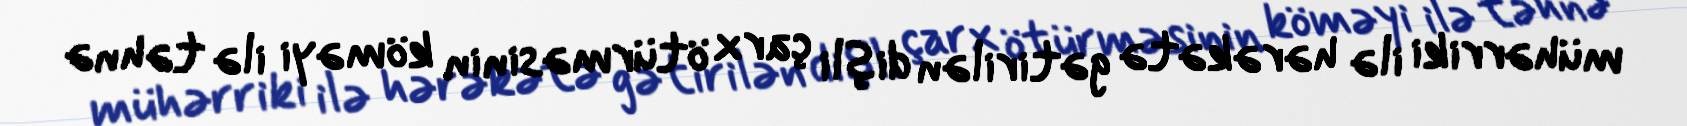
mühərriki ilə hərəkətə gətirilən dişli çarx ötürməsinin köməyi ilə təhnə